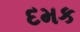
દમક